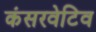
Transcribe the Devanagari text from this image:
कंसरवेटिव